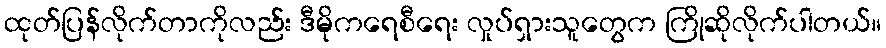
ထုတ်ပြန်လိုက်တာကိုလည်း ဒီမိုကရေစီရေး လှုပ်ရှားသူတွေက ကြိုဆိုလိုက်ပါတယ်။